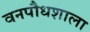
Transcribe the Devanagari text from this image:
वनपौधशाला